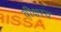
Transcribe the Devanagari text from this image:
वीक्षस्व